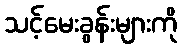
သင့်မေးခွန်းများကို